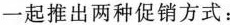
一起推出两种促销方式：